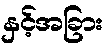
နှင့်အခြား